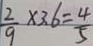
\frac { 2 } { 9 } \times 3 . 6 = \frac { 4 } { 5 }